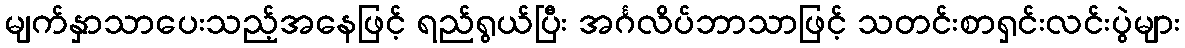
မျက်နှာသာပေးသည့်အနေဖြင့် ရည်ရွယ်ပြီး အင်္ဂလိပ်ဘာသာဖြင့် သတင်းစာရှင်းလင်းပွဲများ